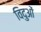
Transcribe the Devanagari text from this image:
विदुओं